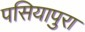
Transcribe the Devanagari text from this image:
पसियापुरा